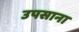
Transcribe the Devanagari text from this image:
उपसाना